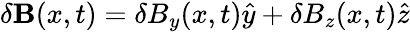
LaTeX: \delta{\mathbf B}(x,t)=\delta B_{y}(x,t)\hat{y}+\delta B_{z}(x,t)\hat{z}